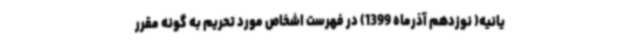
یانیه( نوزدهم آذرماه 1399) در فهرست اشخاص مورد تحریم به گونه مقرر